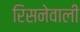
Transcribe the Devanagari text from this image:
रिसनेवाली